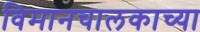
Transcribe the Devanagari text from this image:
विमानचालकाच्या